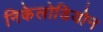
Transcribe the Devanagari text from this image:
निकेलोडियोन